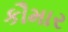
કૌમાર